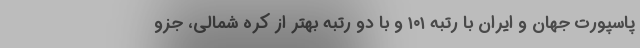
پاسپورت جهان و ایران با رتبه ۱۰۱ و با دو رتبه بهتر از کره شمالی، جزو